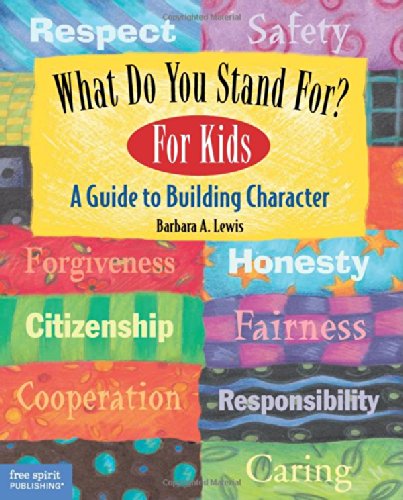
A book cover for What Do You Stand For? For Kids: A Guide to Building Character; Barbara A. Lewis; Politics & Social Sciences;